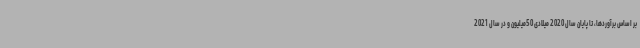
بر اساس برآوردها، تا پایان سال 2020 میلادی 50میلیون و در سال 2021